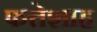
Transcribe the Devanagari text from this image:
फत्तेशाह